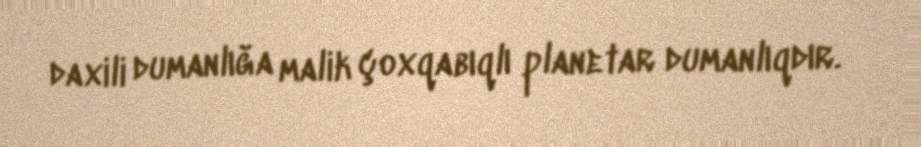
daxili dumanlığa malik çoxqabıqlı planetar dumanlıqdır.